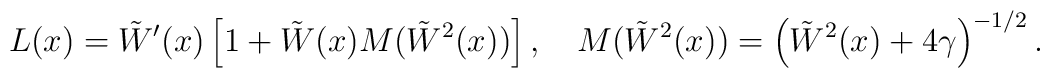
L(x)=\tilde W'(x)\left[1+\tilde W(x)M(\tilde W{}^2(x)) \right], \quad M(\tilde W{}^2(x))= \left( \tilde W^2(x)+4\gamma\right)^{-1/2}.